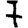
Digit: 7